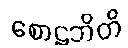
စောဠဘိတိ